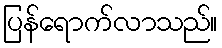
ပြန်ရောက်လာသည်။